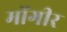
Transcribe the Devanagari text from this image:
मोंगीर